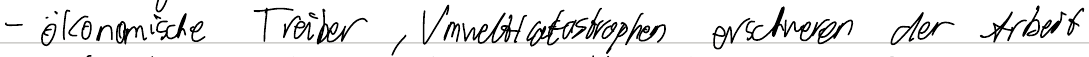
- ökonomische Treiber, Umweltkatastrophen erschweren der Arbeit